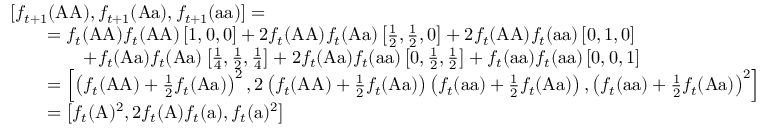
{ \begin{array} { r l } & { \left[ f _ { t + 1 } ( { \mathrm { A A } } ) , f _ { t + 1 } ( { \mathrm { A a } } ) , f _ { t + 1 } ( { \mathrm { a a } } ) \right] = } \\ & { \qquad = f _ { t } ( { \mathrm { A A } } ) f _ { t } ( { \mathrm { A A } } ) \left[ 1 , 0 , 0 \right] + 2 f _ { t } ( { \mathrm { A A } } ) f _ { t } ( { \mathrm { A a } } ) \left[ { \frac { 1 } { 2 } } , { \frac { 1 } { 2 } } , 0 \right] + 2 f _ { t } ( { \mathrm { A A } } ) f _ { t } ( { \mathrm { a a } } ) \left[ 0 , 1 , 0 \right] } \\ & { \qquad \qquad + f _ { t } ( { \mathrm { A a } } ) f _ { t } ( { \mathrm { A a } } ) \left[ { \frac { 1 } { 4 } } , { \frac { 1 } { 2 } } , { \frac { 1 } { 4 } } \right] + 2 f _ { t } ( { \mathrm { A a } } ) f _ { t } ( { \mathrm { a a } } ) \left[ 0 , { \frac { 1 } { 2 } } , { \frac { 1 } { 2 } } \right] + f _ { t } ( { \mathrm { a a } } ) f _ { t } ( { \mathrm { a a } } ) \left[ 0 , 0 , 1 \right] } \\ & { \qquad = \left[ \left( f _ { t } ( { \mathrm { A A } } ) + { \frac { 1 } { 2 } } f _ { t } ( { \mathrm { A a } } ) \right) ^ { 2 } , 2 \left( f _ { t } ( { \mathrm { A A } } ) + { \frac { 1 } { 2 } } f _ { t } ( { \mathrm { A a } } ) \right) \left( f _ { t } ( { \mathrm { a a } } ) + { \frac { 1 } { 2 } } f _ { t } ( { \mathrm { A a } } ) \right) , \left( f _ { t } ( { \mathrm { a a } } ) + { \frac { 1 } { 2 } } f _ { t } ( { \mathrm { A a } } ) \right) ^ { 2 } \right] } \\ & { \qquad = \left[ f _ { t } ( { \mathrm { A } } ) ^ { 2 } , 2 f _ { t } ( { \mathrm { A } } ) f _ { t } ( { \mathrm { a } } ) , f _ { t } ( { \mathrm { a } } ) ^ { 2 } \right] } \end{array} }